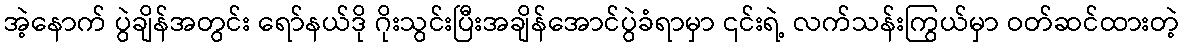
အဲ့နောက် ပွဲချိန်အတွင်း ရော်နယ်ဒို ဂိုးသွင်းပြီးအချိန်အောင်ပွဲခံရာမှာ ၎င်းရဲ့ လက်သန်းကြွယ်မှာ ဝတ်ဆင်ထားတဲ့